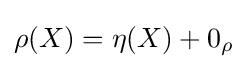
{\textstyle \rho (X)=\eta (X)+0_{\rho }}